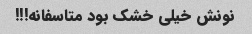
نونش خیلی خشک بود متاسفانه!!!